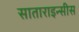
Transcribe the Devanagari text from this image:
साताराइन्सीस